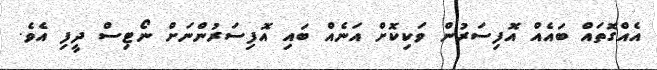
އެއްގޮތައް ބައެއް އޮފިސަރުން ވަކިކޮށް އަނެއް ބައި އޮފިސަރުންނަށް ނޯޓިސް ދީފި އެވެ.